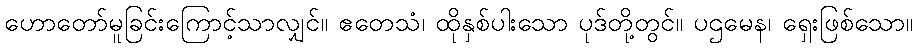
ဟောတော်မူခြင်းကြောင့်သာလျှင်။ ဧတေသံ၊ ထိုနှစ်ပါးသော ပုဒ်တို့တွင်။ ပဌမေန၊ ရှေးဖြစ်သော။